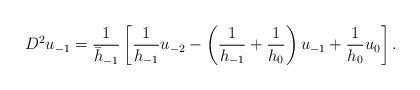
LaTeX: \begin{align*} D^2u_{-1} &= \frac{1}{\bar{h}_{-1}}\left[ \frac{1}{h_{-1}}u_{-2} - \left( \frac{1}{h_{-1}} + \frac{1}{h_{0}}\right)u_{-1} + \frac{1}{h_{0}}u_0 \right].\end{align*}